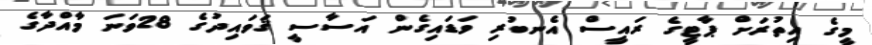
މީގެ އިތުރަށް ޕާޓީގެ ރައީސް އެނބުރި ވަޑައިގެން އަސާސީ ޤަވައިދުގެ 28ވަނަ މާއްދާގެ